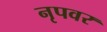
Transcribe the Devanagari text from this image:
नृपवर